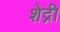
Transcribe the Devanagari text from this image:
शेद्री